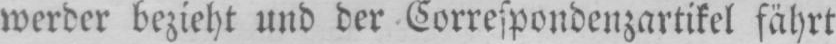
werder bezieht und der Correspondenzartikel fährt